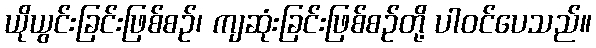
ယိုယွင်းခြင်းဖြစ်စဉ်၊ ကျဆုံးခြင်းဖြစ်စဉ်တို့ ပါဝင်ပေသည်။